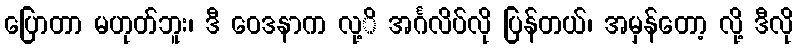
ပြောတာ မဟုတ်ဘူး၊ ဒီ ဝေဒနာက လု့ိ အင်္ဂလိပ်လို ပြန်တယ်၊ အမှန်တော့ လို့ ဒီလို